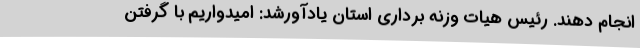
انجام دهند. رئیس هیات وزنه برداری استان یادآورشد: امیدواریم با گرفتن